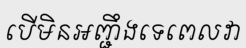
បើមិនអញ្ជឹងទេពេលវា